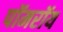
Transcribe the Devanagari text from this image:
पॉमरॉय